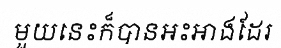
មួយនេះក៏បានអះអាងដែរ